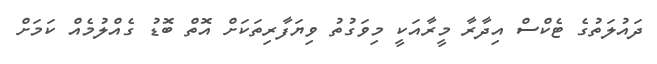
ދައުލަތުގެ ޓެކްސް އިދާރާ މީރާއަކީ މިވަގުތު ވިޔަފާރިތަކަށް އޮތް ބޮޑު ގެއްލުމެއް ކަމަށް